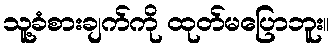
သူ့ခံစားချက်ကို ထုတ်မပြောဘူး။